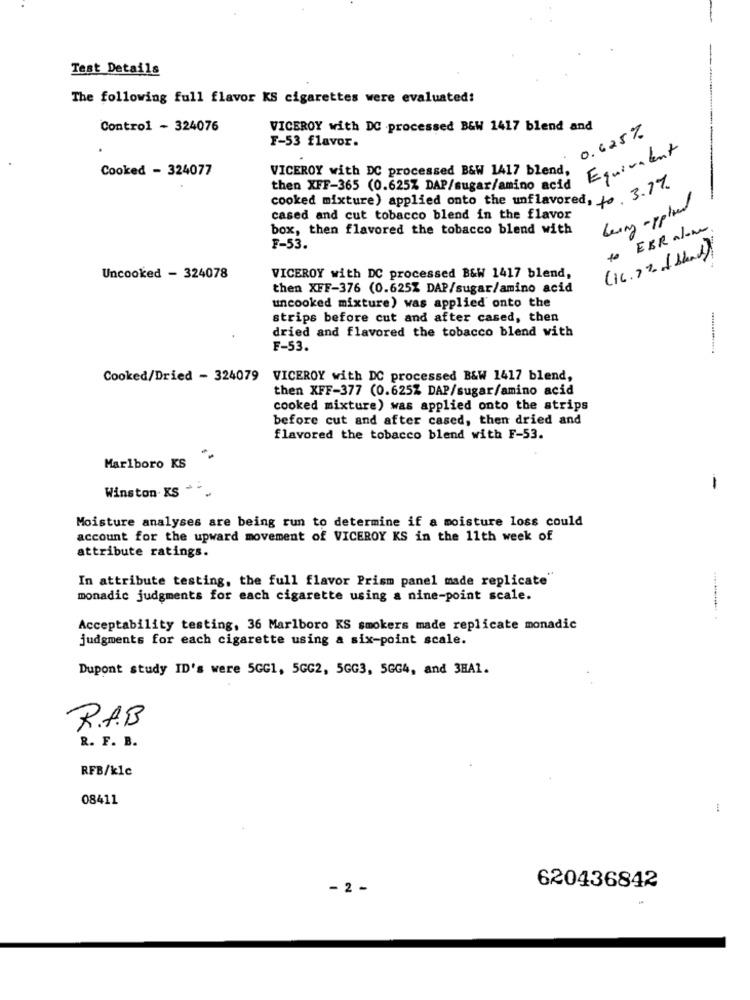
Test Details
The following full flavor KS cigarettes were evaluated!
Control - 324076
VICEROY with DC processed B&W 1417 blend and
0.625%
F-53 flavor.
Equivalent
Cooked - 324077
VICEROY with DC processed B&W 1417 blend,
then XFF-365 (0.625% DAP/sugar/amino acid
cooked mixture) applied onto the unflavored, to 3.77-
being applied
cased and cut tobacco blend in the flavor
box, then flavored the tobacco blend with
to EBR alone
F-53.
(16.3% & Bland)
Uncooked - 324078
VICEROY with DC processed B&W 1417 blend,
then XFF-376 (0.625% DAP/sugar/amino acid
uncooked mixture) was applied onto the
strips before cut and after cased, then
dried and flavored the tobacco blend with
F-53.
Cooked/Dried - 324079
VICEROY with DC processed B&W 1417 blend,
then XFF-377 (0.625% DAP/sugar/amino acid
cooked mixture) was applied onto the strips
before cut and after cased, then dried and
flavored the tobacco blend with F-53.
Marlboro KS
Winston KS - ..
-
Moisture analyses are being run to determine if a moisture loss could
account for the upward movement of VICEROY KS in the 11th week of
attribute ratings.
In attribute testing, the full flavor Prism panel made replicate"
monadic judgments for each cigarette using a nine-point scale.
Acceptability testing, 36 Marlboro KS smokers made replicate monadic
judgments for each cigarette using a six-point scale.
Dupont study ID's were 5GG1, 5GG2, 5GG3, 5GG4, and 3HA1.
R.A.B
R. F. B.
RFB/klc
08411
620436842
- 2 -